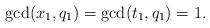
LaTeX: \begin{align*}\gcd(x_1, q_1)=\gcd(t_1, q_1)=1. \end{align*}